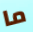
ما